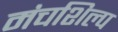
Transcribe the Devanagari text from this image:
मंचशिल्प